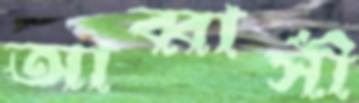
আব্বাসী